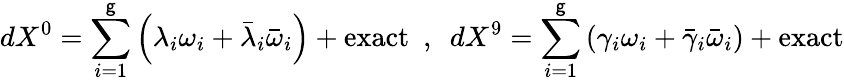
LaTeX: dX^{0}=\sum_{i=1}^{\mathsf{g}}\left(\lambda_{i}\omega_{i}+\bar{{\lambda}}_{i}\bar{{\omega}}_{i}\right)+\mathrm{{exact}}~~,~~dX^{9}=\sum_{i=1}^{\mathsf{g}}\left(\gamma_{i}\omega_{i}+\bar{{\gamma}}_{i}\bar{{\omega}}_{i}\right)+\mathrm{{exact}}